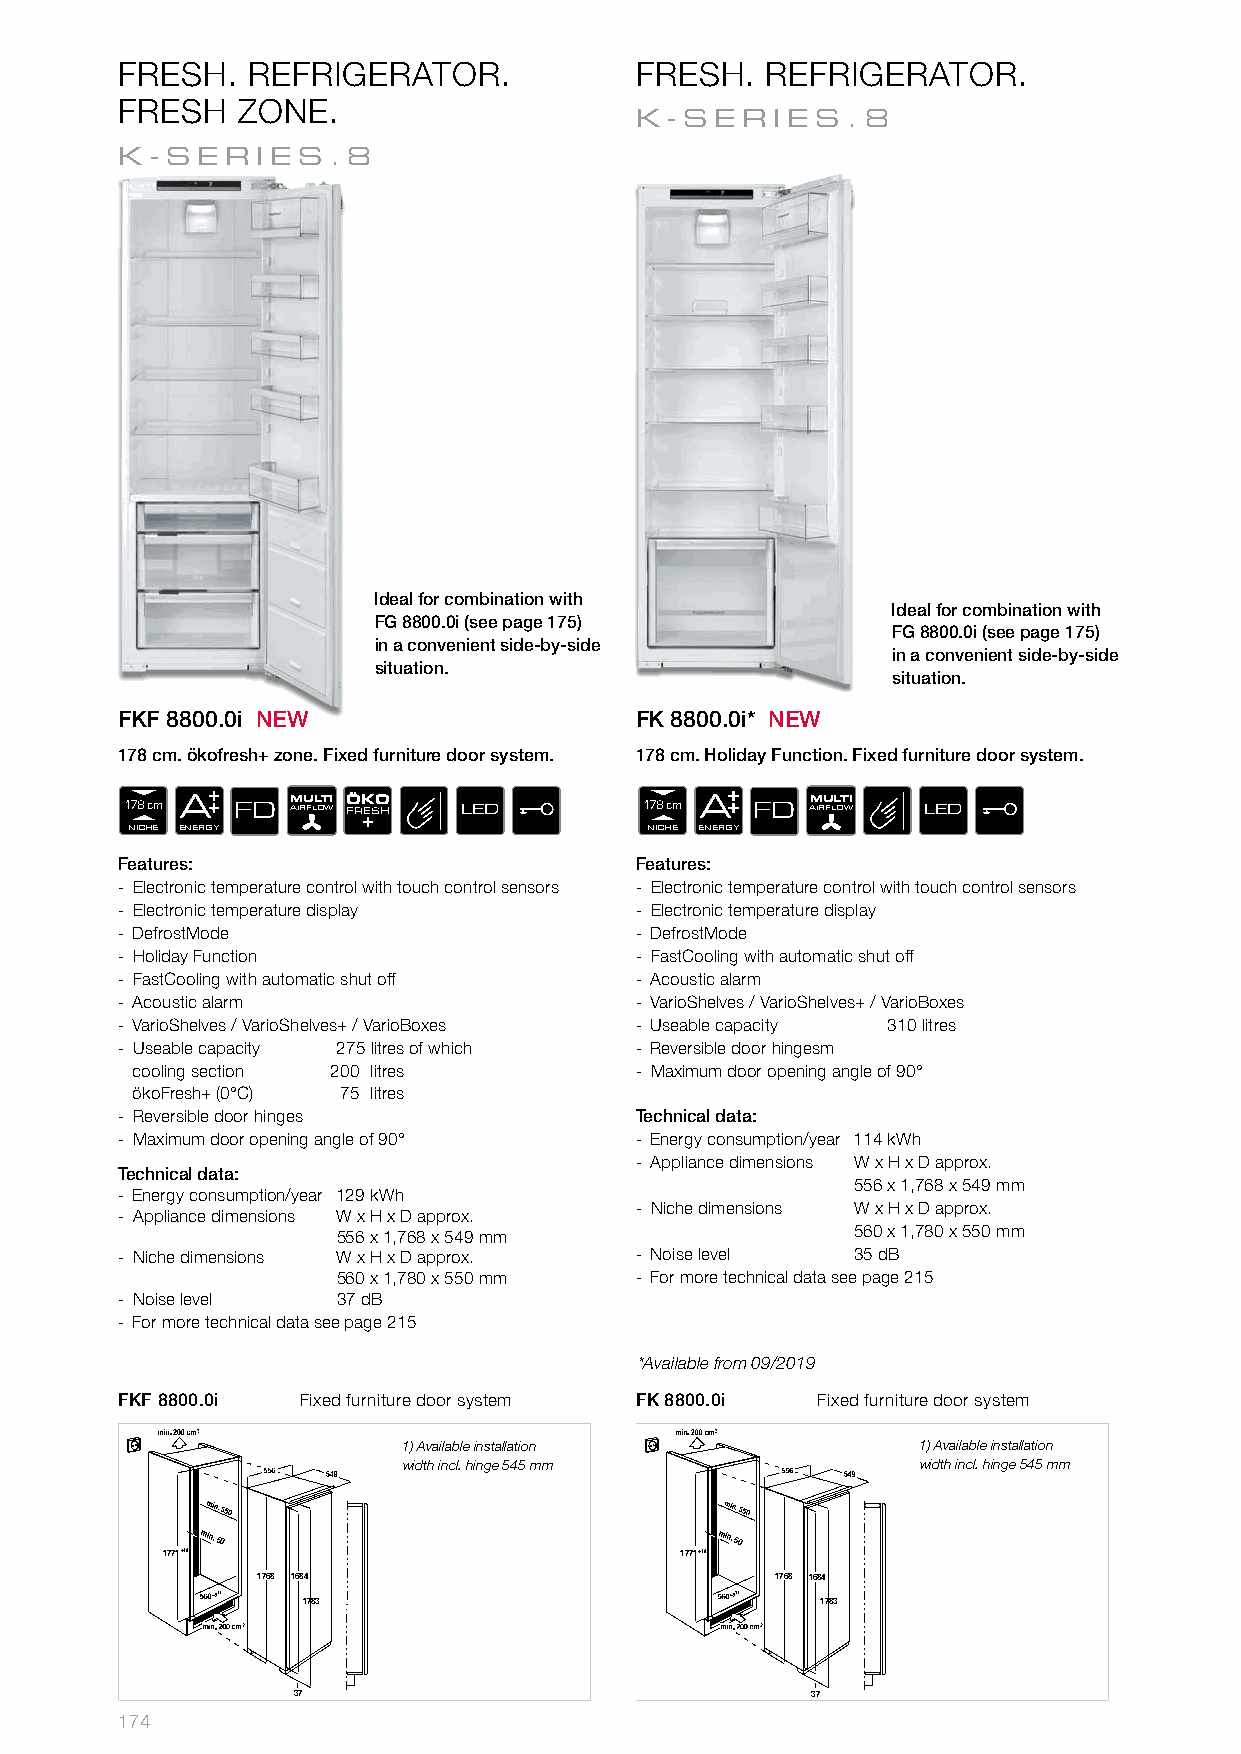
FRESH.  REFRIGERATOR.             FRESH.   REFRIGERATOR.
 FRESH   ZONE.
 K- SERIES     .8
 K-SER    IES.8
 Ideal for combination with
 Ideal for combination with
 FG 8800.0i (see page 175)
 FG 8800.0i (see page 175)
 in a convenient side-by-side
 in a convenient side-by-side
 situation.
 situation.
 FKF 8800.0i NEW                   FK 8800.0i* NEW
 178 cm. ökofresh+ zone. Fixed furniture door system. 178 cm. Holiday Function. Fixed furniture door system.
 1 N7 I8
 C H
 c Em EA
 NERGY
 FD  AM IRU FLL OT WI Ö FRK +ESO H LED 1 N7 I8
 C H
 c Em EA
 NERGY
 FD  AM IRU FLL OT WI LED
 Features:                         Features:
 - Electronic temperature control with touch control sensors - Electronic temperature control with touch control sensors
 - Electronic temperature display  - Electronic temperature display
 - DefrostMode                     - DefrostMode
 - Holiday Function                - FastCooling with automatic shut off
 - FastCooling with automatic shut off - Acoustic alarm
 - Acoustic alarm                  - VarioShelves / VarioShelves+ / VarioBoxes
 - VarioShelves / VarioShelves+ / VarioBoxes - Useable capacity 310 litres
 - Useable capacity 275 litres of which - Reversible door hingesm
 cooling section 200 litres       - Maximum door opening angle of 90°
 ökoFresh+ (0°C) 75 litres
 - Reversible door hinges          Technical data:
 - Maximum door opening angle of 90° - Energy consumption/year 114 kWh
 - Appliance dimensions W x H x D approx.
 Technical data:
 556 x 1,768 x 549 mm
 - Energy consumption/year 129 kWh
 - Niche dimensions W x H x D approx.
 - Appliance dimensions W x H x D approx.
 556 x 1,768 x 549 mm               560 x 1,780 x 550 mm
 - Niche dimensions W x H x D approx. - Noise level 35 dB
 560 x 1,780 x 550 mm - For more technical data see page 215
 - Noise level 37 dB
 - For more technical data see page 215
 *Available from 09/2019
 FKF 8800.0i Fixed furniture door system FK 8800.0i Fixed furniture door system
 1) Available installation         1) Available installation
 width incl. hinge 545 mm          width incl. hinge 545 mm
 min. 50                           min. 50
 1771+10                           1771+10
 1768 1684                         1768 1684
 1783                              1783
 37                                 37
 174